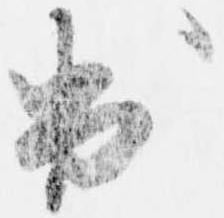
出